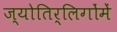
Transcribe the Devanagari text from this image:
ज्योतिर्लिगोंमें